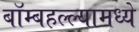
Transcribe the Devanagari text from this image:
बॉम्बहल्ल्यामध्ये